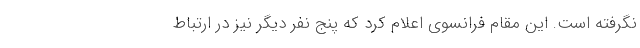
نگرفته است. این مقام فرانسوی اعلام کرد که پنج نفر دیگر نیز در ارتباط